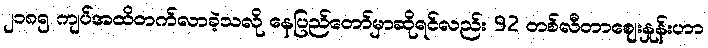
၂၁၈၅ ကျပ်အထိတက်လာခဲ့သလို နေပြည်တော်မှာဆိုရင်လည်း 92 တစ်လီတာဈေးနှုန်းဟာ